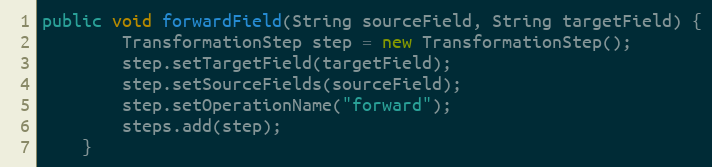
Language: Java
public void forwardField(String sourceField, String targetField) {
        TransformationStep step = new TransformationStep();
        step.setTargetField(targetField);
        step.setSourceFields(sourceField);
        step.setOperationName("forward");
        steps.add(step);
    }